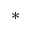
^ \ast